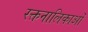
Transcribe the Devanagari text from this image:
रक्तनालिकाओं